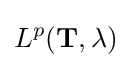
L^{p}(\mathbf {T} ,\lambda )